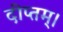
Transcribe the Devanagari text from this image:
दीप्तम्।